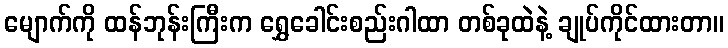
မျောက်ကို ထန်ဘုန်းကြီးက ရွှေခေါင်းစည်းဂါထာ တစ်ခုထဲနဲ့ ချုပ်ကိုင်ထားတာ။